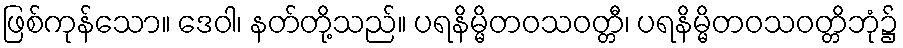
ဖြစ်ကုန်သော။ ဒေဝါ၊ နတ်တို့သည်။ ပရနိမ္မိတဝသဝတ္တီ၊ ပရနိမ္မိတဝသဝတ္တိဘုံ၌